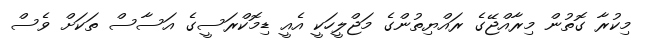
މިކުރާ ގޮތުން މިރާއްޖޭގެ ރައްޔިތުންގެ މަޖްލީހަކީ އެއީ ޑިމޮކްރަސީގެ އަސާސް ތަކަށް ވެސް